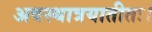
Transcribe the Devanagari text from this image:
अवस्थात्रयातीतः।